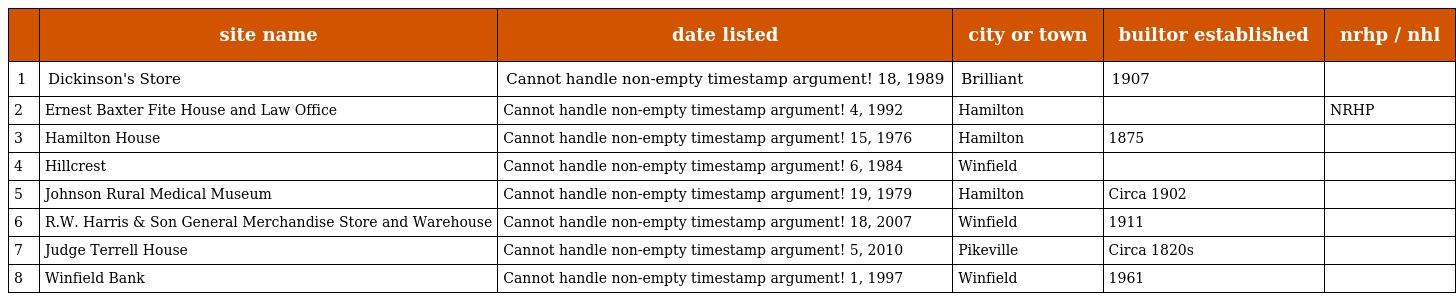
|  | site name | date listed | city or town | builtor established | nrhp / nhl |
 | --- | --- | --- | --- | --- | --- |
 | 1 | Dickinson's Store | Cannot handle non-empty timestamp argument! 18, 1989 | Brilliant | 1907 |  |
 | 2 | Ernest Baxter Fite House and Law Office | Cannot handle non-empty timestamp argument! 4, 1992 | Hamilton |  | NRHP |
 | 3 | Hamilton House | Cannot handle non-empty timestamp argument! 15, 1976 | Hamilton | 1875 |  |
 | 4 | Hillcrest | Cannot handle non-empty timestamp argument! 6, 1984 | Winfield |  |  |
 | 5 | Johnson Rural Medical Museum | Cannot handle non-empty timestamp argument! 19, 1979 | Hamilton | Circa 1902 |  |
 | 6 | R.W. Harris & Son General Merchandise Store and Warehouse | Cannot handle non-empty timestamp argument! 18, 2007 | Winfield | 1911 |  |
 | 7 | Judge Terrell House | Cannot handle non-empty timestamp argument! 5, 2010 | Pikeville | Circa 1820s |  |
 | 8 | Winfield Bank | Cannot handle non-empty timestamp argument! 1, 1997 | Winfield | 1961 |  |